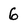
Character: 6